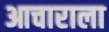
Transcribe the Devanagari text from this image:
आचाराला